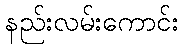
နည်းလမ်းကောင်း